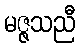
မဇ္ဇသညီ